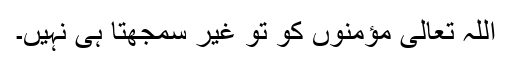
اللہ تعالیٰ مؤمنوں کو تو غیر سمجھتا ہی نہیں۔